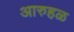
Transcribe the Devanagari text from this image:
आरुहळ